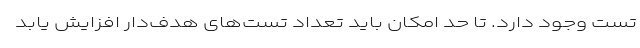
تست وجود دارد. تا حد امکان باید تعداد تست‌های هدف‌دار افزایش یابد